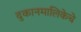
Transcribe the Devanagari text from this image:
दुकानमालिकेचे